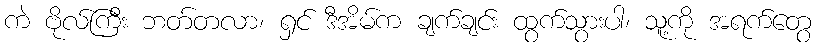
ကဲ ဗိုလ်ကြီး ဘတ်တလာ၊ ရှင် ဒီအိမ်က ချက်ချင်း ထွက်သွားပါ၊ သူ့ကို အရက်တွေ